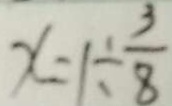
x = 1 \div \frac { 3 } { 8 }